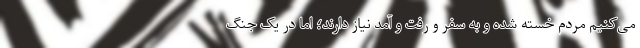
می‌کنیم مردم خسته شده و به سفر و رفت و آمد نیاز دارند؛ اما در یک جنگ